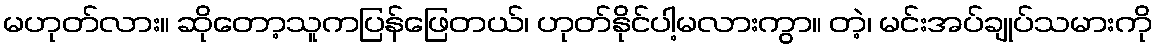
မဟုတ်လား။ ဆိုတော့သူကပြန်ဖြေတယ်၊ ဟုတ်နိုင်ပါ့မလားကွာ။ တဲ့၊ မင်းအပ်ချုပ်သမားကို